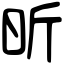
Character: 昕